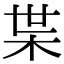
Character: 枼